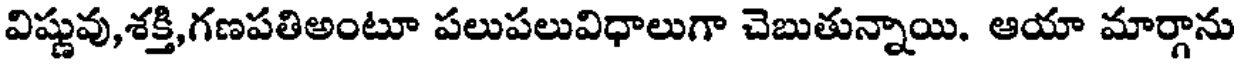
విష్ణువు,శక్తి,గణపతిఅంటూ పలుపలువిధాలుగా చెబుతున్నాయి. ఆయా మార్గాను